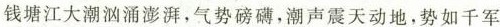
钱塘江大潮汹涌澎湃，气势磅礴，潮声震天动地，势如千军